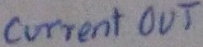
Text: current OUT